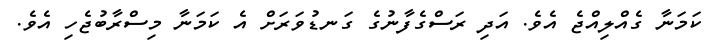
ކަމަނާ ގެއްލިއްޖެ އެވެ. އަދި ރަސްގެފާނުގެ ގަނޑުވަރަށް އެ ކަމަނާ މިސްރާބުޖެހި އެވެ.